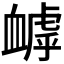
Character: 𧗌